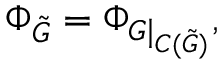
\Phi _ { \tilde { G } } = \Phi _ { G \mid _ { C ( \tilde { G } ) } } ,